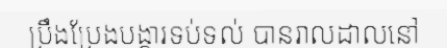
ប្រឹងប្រែងបង្ការទប់ទល់ បានរាលដាលនៅ